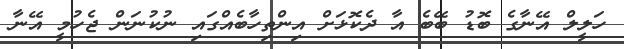
ހަލީލް އޭނާގެ ބޮޑު ބޭބެ އާ ދެކޮޅަށް އިންތިހާބެއްގައި ނުކުނަން ޖެހުމީ އޭނާ